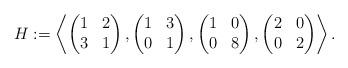
LaTeX: \begin{align*}H:=\left\langle\begin{pmatrix}1&2\\3&1\end{pmatrix},\begin{pmatrix}1&3\\0&1\end{pmatrix},\begin{pmatrix}1&0\\0&8\end{pmatrix},\begin{pmatrix}2&0\\0&2\end{pmatrix}\right\rangle.\end{align*}